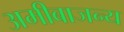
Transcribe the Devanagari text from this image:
अमीबाजन्य